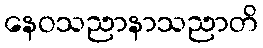
နေဝသညာနာသညာတိ